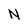
Character: N